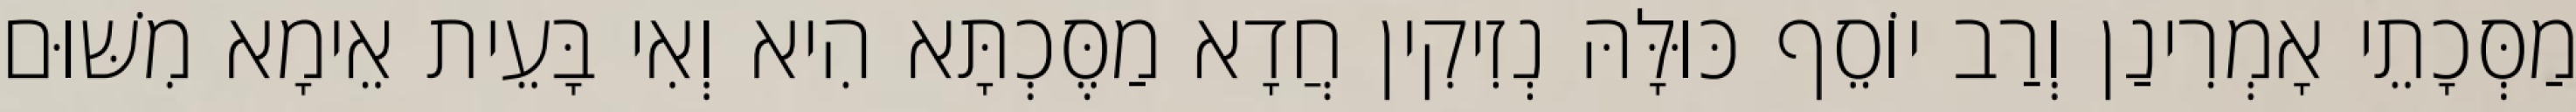
מַסְּכָתֵי אָמְרִינַן וְרַב יוֹסֵף כּוּלָּהּ נְזִיקִין חֲדָא מַסֶּכְתָּא הִיא וְאִי בָּעֵית אֵימָא מִשּׁוּם